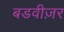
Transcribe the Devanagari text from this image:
बडवीज़र